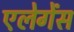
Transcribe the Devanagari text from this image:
एलेगेंस